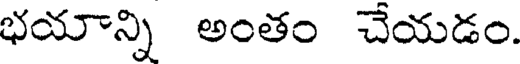
భయాన్ని అంతం చేయడం.